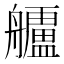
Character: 𮎗